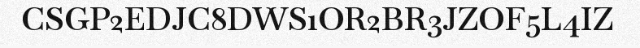
CSGP2EDJC8DWS1OR2BR3JZOF5L4IZ